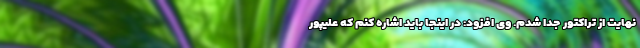
نهایت از تراکتور جدا شدم. وی افزود: در اینجا باید اشاره کنم که علیپور